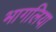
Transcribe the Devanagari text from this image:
भागलिया